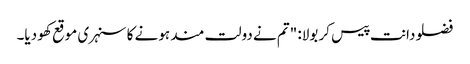
فضلو دانت پیس کر بولا: "تم نے دولت مند ہونے کا سنہری موقع کھو دیا۔